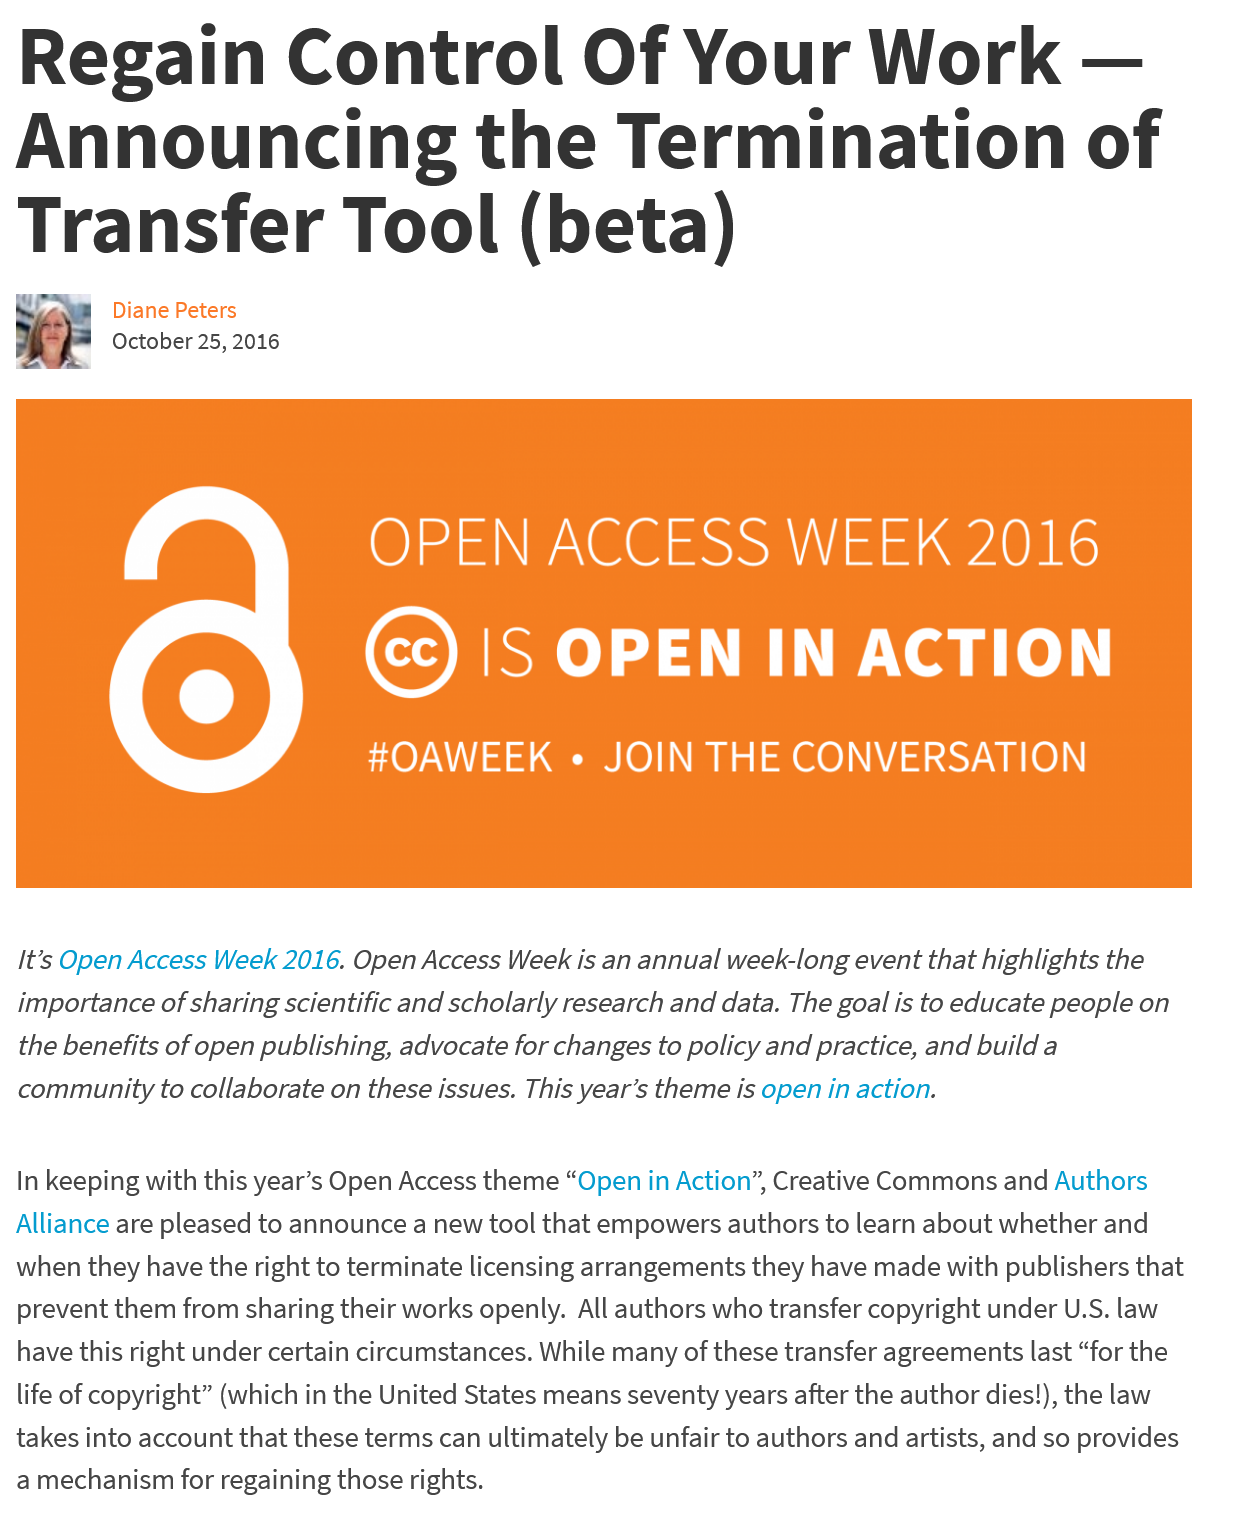
Regain    Control    Of    Your    Work
     —
  Announcing    the    Termination    of
  Transfer    Tool    (beta)
  It’s Open Access Week 2016. Open Access Week is an annual week-long event that highlights the
  importance of sharing scientific and scholarly research and data. The goal is to educate people on
  the benefits of open publishing, advocate for changes to policy and practice, and build a
  community to collaborate on these issues. This year’s theme is open in action.
     lela    P\G@    SSN    1    0K
     €)    IS   OPEN    IN    ACTION
     #OAWEEK    « JOIN    THE   CONVERSATION
     Diane Peters
  In keeping with this year’s Open Access theme “Open in Action”, Creative Commons and Authors
  Alliance are pleased to announce a new tool that empowers authors to learn about whether and
  when they have the right to terminate licensing arrangements they have made with publishers that
  prevent them from sharing their works openly. All authors who transfer copyright under U.S. law
  have this right under certain circumstances. While many of these transfer agreements last “for the
  life of copyright” (which in the United States means seventy years after the author dies!), the law
  takes into account that these terms can ultimately be unfair to authors and artists, and so provides
  amechanism for regaining those rights.